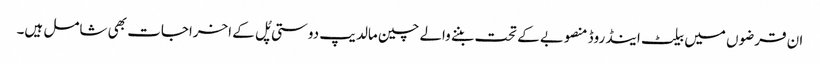
ان قرضوں میں بیلٹ اینڈ روڈ منصوبے کے تحت بننے والے چین مالدیپ دوستی پُل کے اخراجات بھی شامل ہیں۔